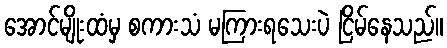
အောင်မျိုးထံမှ စကားသံ မကြားရသေးပဲ ငြိမ်နေသည်။